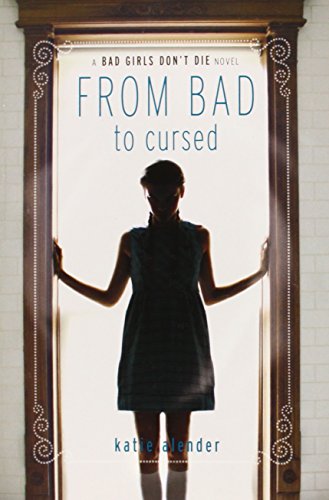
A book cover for Bad Girls Don't Die From Bad to Cursed; Katie Alender; Teen & Young Adult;